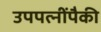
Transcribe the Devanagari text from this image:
उपपत्‍नींपैकी